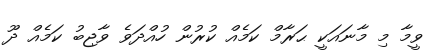
ވީމާ މި މާނައަކީ ޙަރާމް ކަމެއް ކުރުން ހުއްދަވެ ވާޖިބު ކަމެއް ދޫ